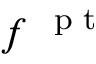
\boldsymbol f ^ { \mathrm { ~ \scriptsize ~ p ~ t ~ } }